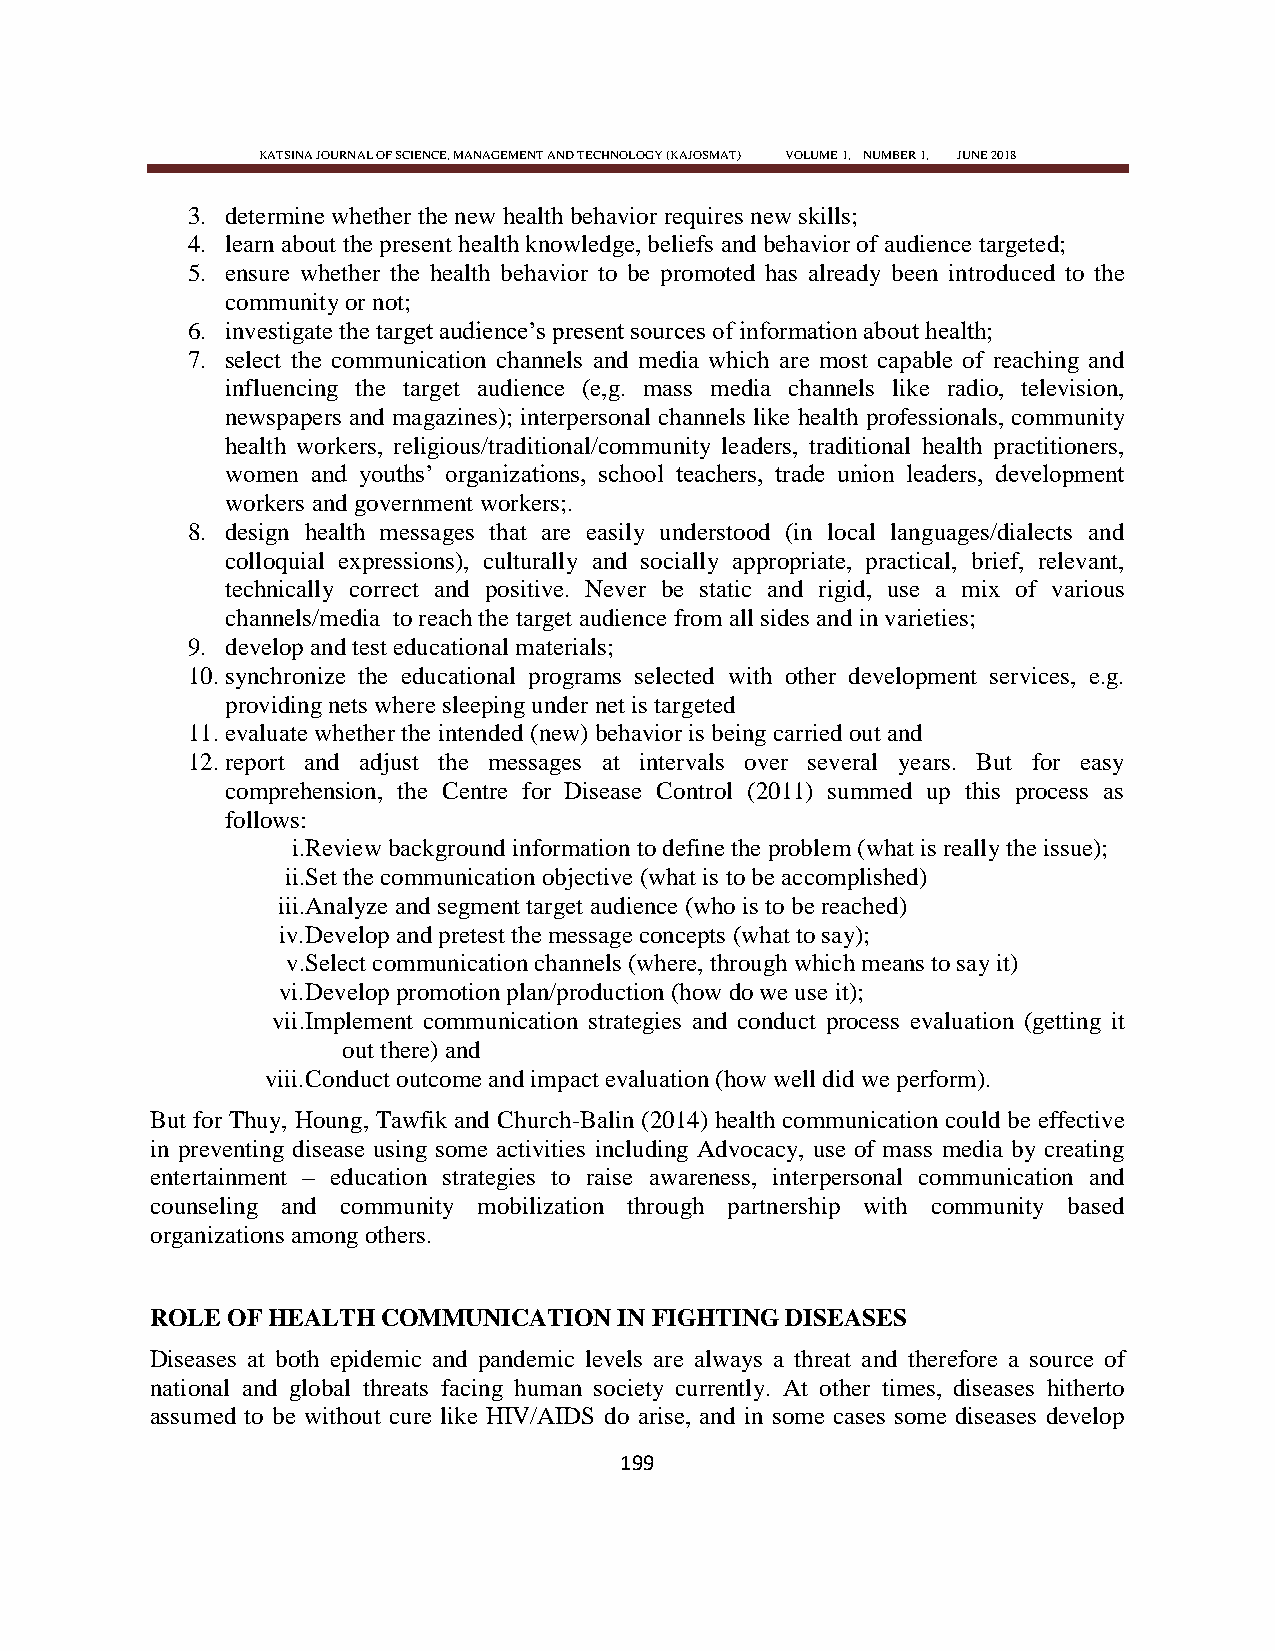
KATSINA JOURNAL OF SCIENCE, MANAGEMENT AND TECHNOLOGY (KAJOSMAT) VOLUME 1, NUMBER 1, JUNE 2018
 3. determine whether the new health behavior requires new skills;
 4. learn about the present health knowledge, beliefs and behavior of audience targeted;
 5. ensure whether the health behavior to be promoted has already been introduced to the
 community or not;
 6. investigate the target audience‘s present sources of information about health;
 7. select the communication channels and media which are most capable of reaching and
 influencing the target audience (e,g. mass media channels like radio, television,
 newspapers and magazines); interpersonal channels like health professionals, community
 health workers, religious/traditional/community leaders, traditional health practitioners,
 women and youths‘ organizations, school teachers, trade union leaders, development
 workers and government workers;.
 8. design health messages that are easily understood (in local languages/dialects and
 colloquial expressions), culturally and socially appropriate, practical, brief, relevant,
 technically correct and positive. Never be static and rigid, use a mix of various
 channels/media to reach the target audience from all sides and in varieties;
 9. develop and test educational materials;
 10. synchronize the educational programs selected with other development services, e.g.
 providing nets where sleeping under net is targeted
 11. evaluate whether the intended (new) behavior is being carried out and
 12. report and adjust the messages at intervals over several years. But for easy
 comprehension, the Centre for Disease Control (2011) summed up this process as
 follows:
 i. Review background information to define the problem (what is really the issue);
 ii. Set the communication objective (what is to be accomplished)
 iii. Analyze and segment target audience (who is to be reached)
 iv. Develop and pretest the message concepts (what to say);
 v. Select communication channels (where, through which means to say it)
 vi. Develop promotion plan/production (how do we use it);
 vii. Implement communication strategies and conduct process evaluation (getting it
 out there) and
 viii. Conduct outcome and impact evaluation (how well did we perform).
 But for Thuy, Houng, Tawfik and Church-Balin (2014) health communication could be effective
 in preventing disease using some activities including Advocacy, use of mass media by creating
 entertainment – education strategies to raise awareness, interpersonal communication and
 counseling and community mobilization through partnership with community based
 organizations among others.
 ROLE OF HEALTH COMMUNICATION   IN FIGHTING DISEASES
 Diseases at both epidemic and pandemic levels are always a threat and therefore a source of
 national and global threats facing human society currently. At other times, diseases hitherto
 assumed to be without cure like HIV/AIDS do arise, and in some cases some diseases develop
 199